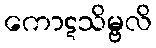
ကောဋသိမ္ဗလိ